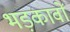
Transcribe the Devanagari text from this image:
भड़कावों